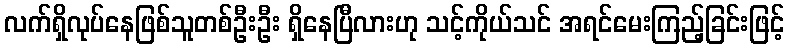
လက်ရှိလုပ်နေဖြစ်သူတစ်ဦးဦး ရှိနေပြီလားဟု သင့်ကိုယ်သင် အရင်မေးကြည့်ခြင်းဖြင့်